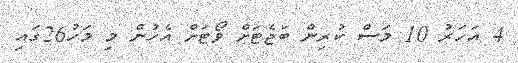
4 އަހަރު 10 މަސް ކުރިން ބަޖެޓަށް ވޯޓަށް އެހުން މި މަހު26ގައި